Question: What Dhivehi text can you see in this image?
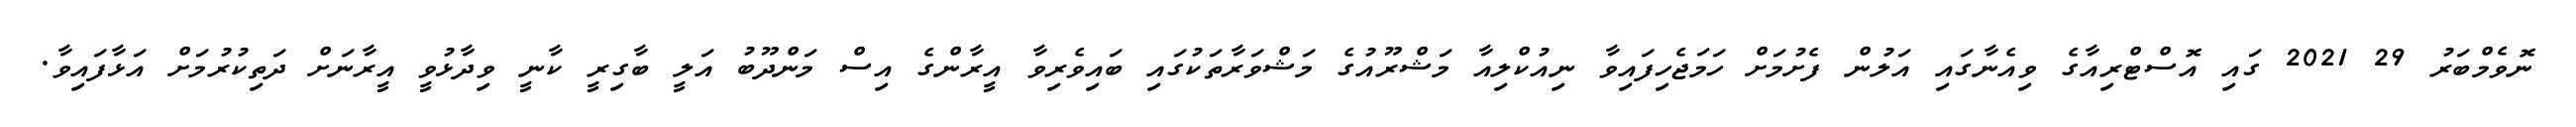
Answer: ނޮވެމްބަރު 29 2021 ގައި އޮސްޓްރިއާގެ ވިއެނާގައި އަލުން ފެށުމަށް ހަމަޖެހިފައިވާ ނިއުކްލިއާ މަޝްރޫއުގެ މަޝްވަރާތަކުގައި ބައިވެރިވާ އީރާންގެ އިސް މަންދޫބު އަލީ ބާގިރީ ކާނީ ވިދާޅުވީ އީރާނަށް ދަތިކުރުމަށް އަޅާފައިވާ.